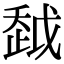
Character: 𧻂